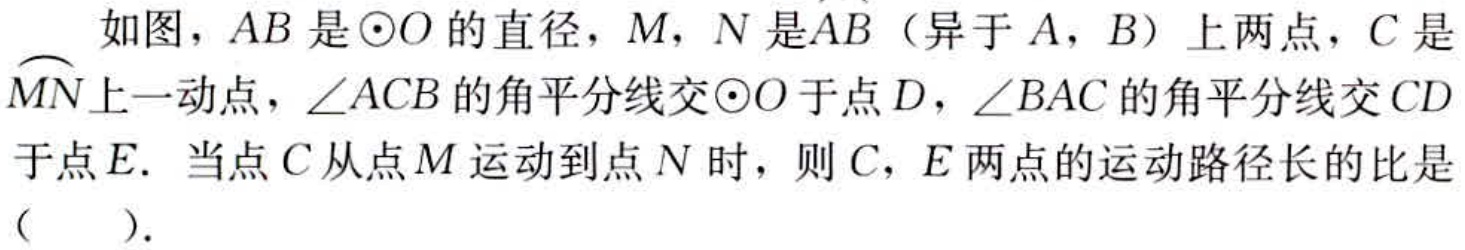
如图，$AB$是$\odot O$的直径，$M$，$N$是$\overset{\frown}{AB}$（异于$A$，$B$）上两点，$C$是$\overset{\frown}{MN}$上一动点，$\angle ACB$的角平分线交$\odot O$于点$D$，$\angle BAC$的角平分线交$CD$于点$E.$当点$C$从点$M$运动到点$N$时，则$C$，$E$两点的运动路径长的比是（  ）.